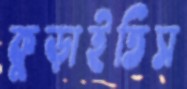
কুড়াইতিস